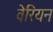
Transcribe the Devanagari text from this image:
वेरियन